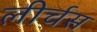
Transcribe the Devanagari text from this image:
लीर्चस